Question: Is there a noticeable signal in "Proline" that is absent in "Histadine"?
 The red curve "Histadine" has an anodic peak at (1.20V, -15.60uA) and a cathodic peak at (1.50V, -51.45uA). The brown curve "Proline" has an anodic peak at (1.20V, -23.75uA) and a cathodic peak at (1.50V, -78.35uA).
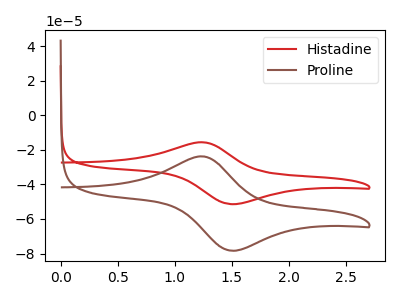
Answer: <think>All the peaks in "Proline" have a peak in "Histadine" at the same potential.
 </think>
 <answer>No, "Proline" and "Histadine" don't appear to be significantly different in shape</answer>
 <eval>no_change</eval>